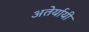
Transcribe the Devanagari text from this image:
अतेर्यायी